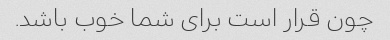
چون قرار است برای شما خوب باشد.